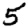
Digit: 5